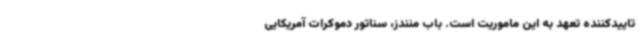
تاییدکننده تعهد به این ماموریت است. باب منندز، سناتور دموکرات آمریکایی